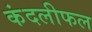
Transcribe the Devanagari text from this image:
कंदलीफल